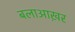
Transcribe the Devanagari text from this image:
बलाआख़र